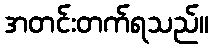
အတင်းတက်ရသည်။